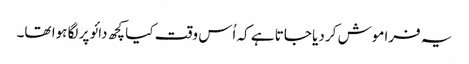
یہ فراموش کر دیا جاتا ہے کہ اُس وقت کیا کچھ دائو پر لگا ہوا تھا۔